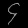
Digit: ၄